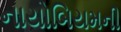
નાયોબિયમની